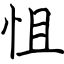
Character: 怚